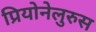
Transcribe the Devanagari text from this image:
प्रियोनेलुरुस